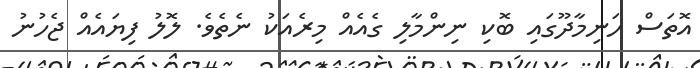
އޮތަސް ހަނިމާދޫގައި ބޮކި ނިންމާލި ގެއެއް މިރެއަކު ނެތެވެ. ލޮލު ފިޔައެއް ޖެހުނު